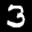
Label: 3